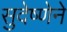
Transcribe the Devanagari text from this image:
सुदेष्णेने